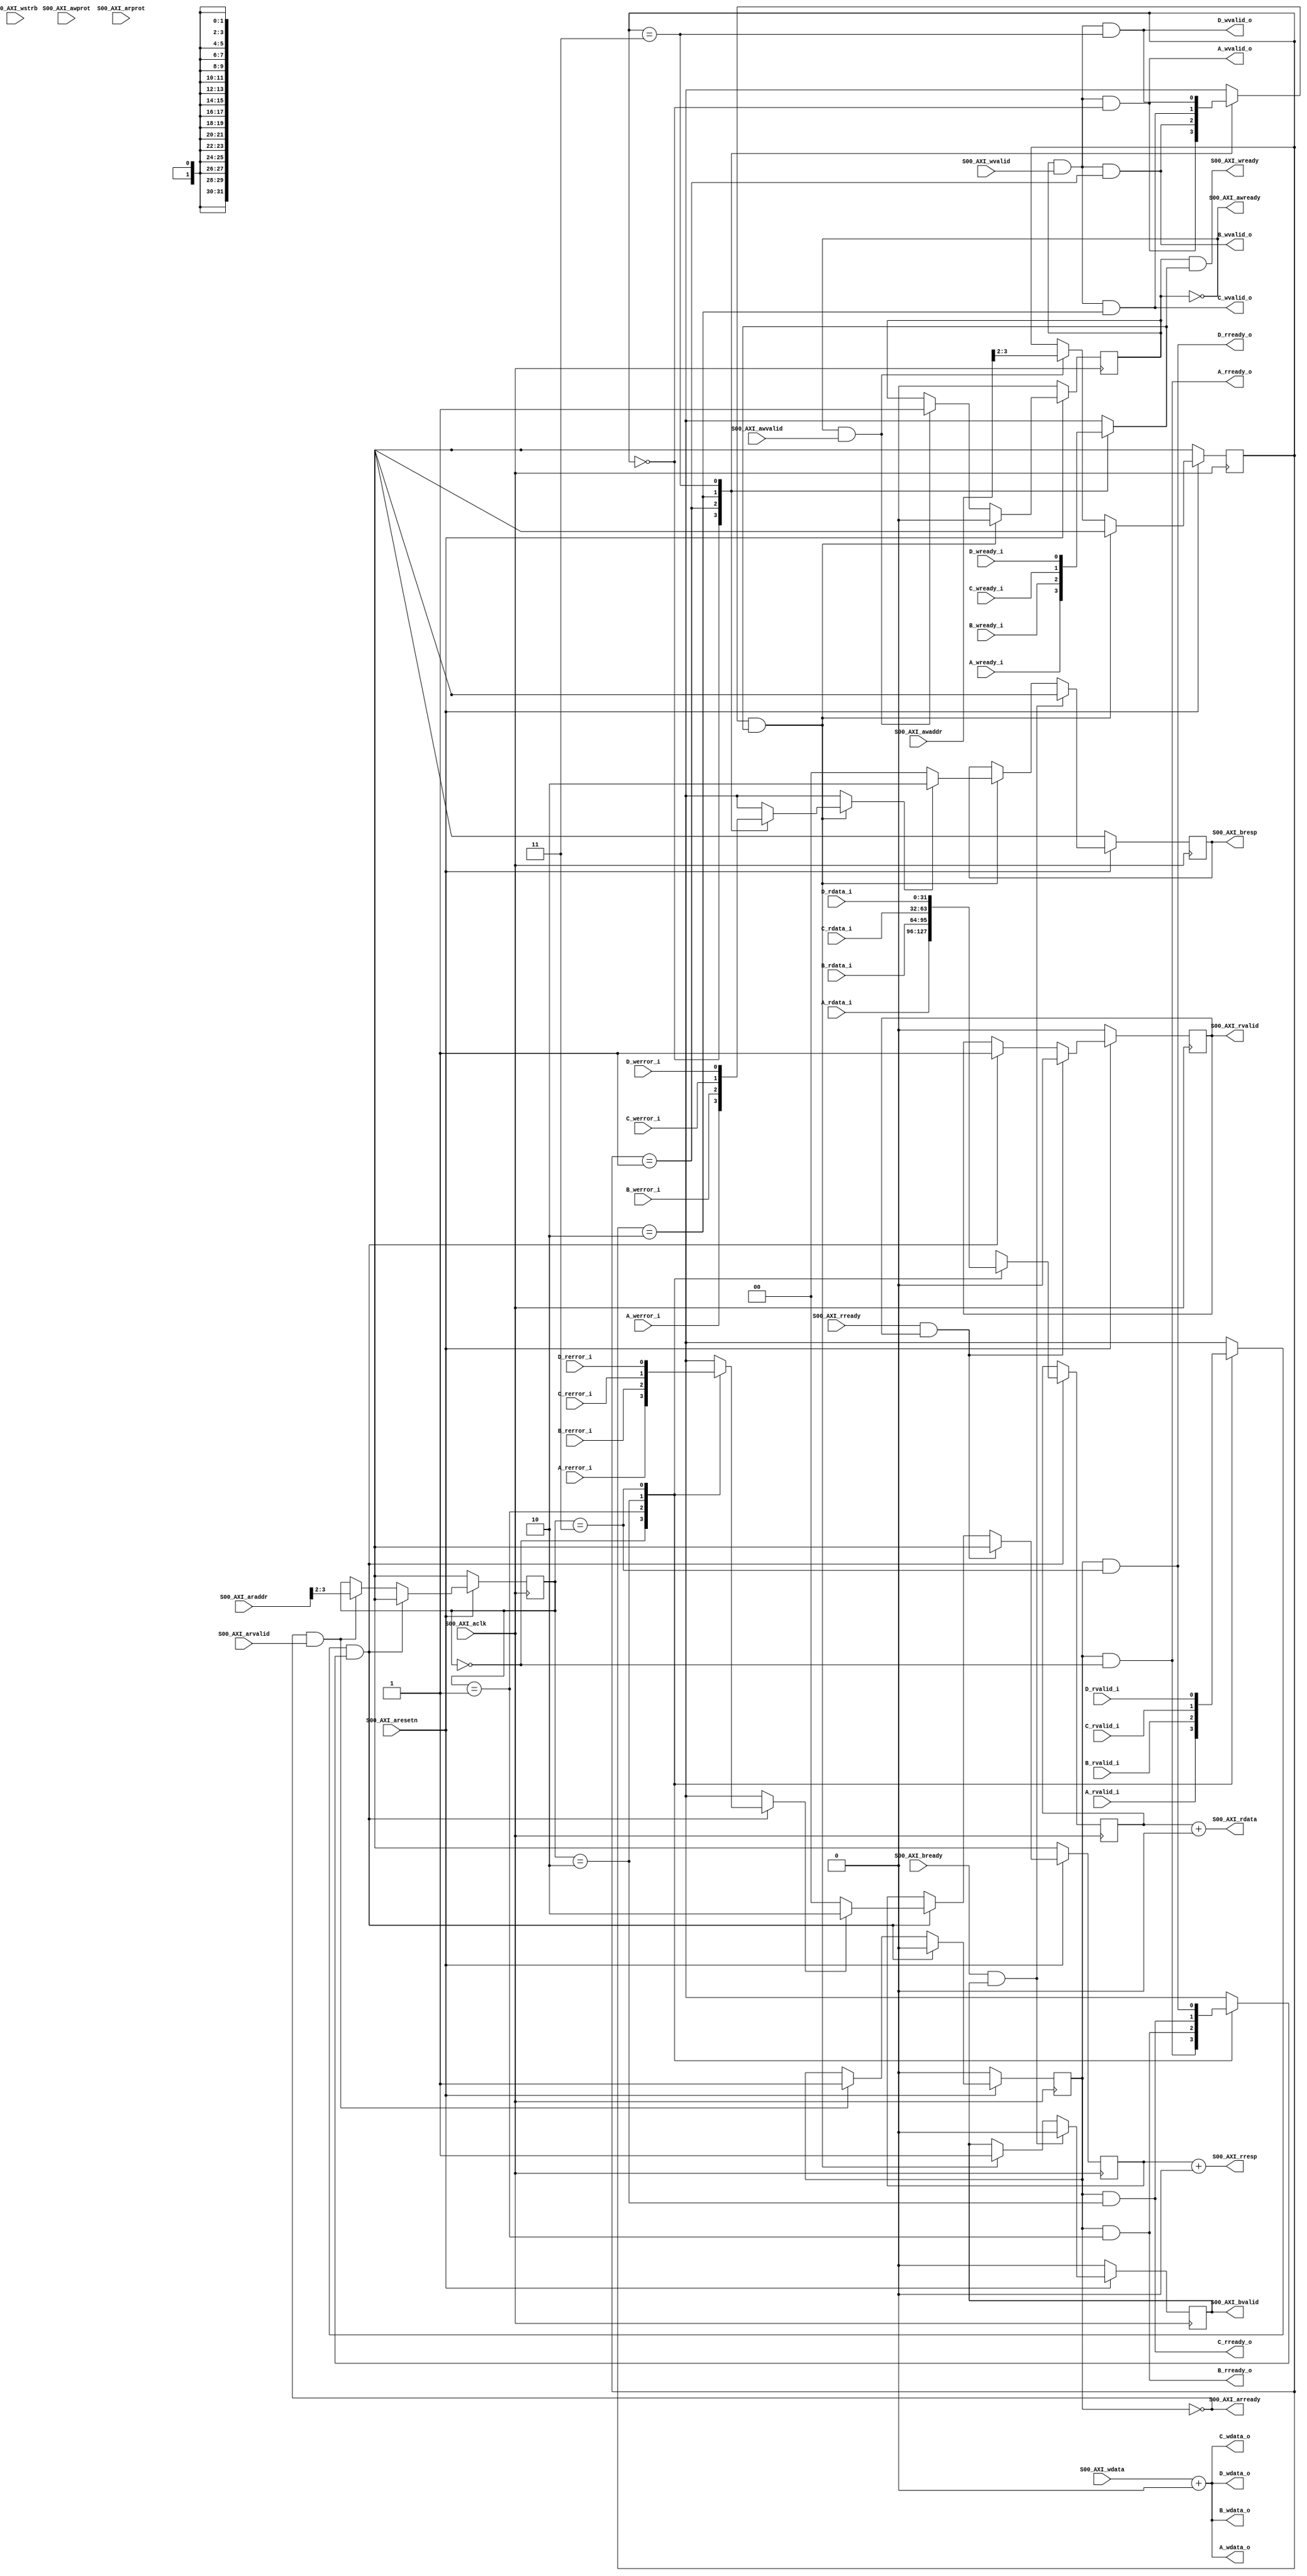
module axiToReadyValid 
  #(
    parameter integer C_S00_AXI_DATA_WIDTH = 32,
    parameter integer C_S00_AXI_ADDR_WIDTH = 4
    )
   (
    // AXI side; generated via Vivado 'package IP' feature
    input wire					S00_AXI_aclk,
    input wire					S00_AXI_aresetn,
    input wire [C_S00_AXI_ADDR_WIDTH-1 : 0]	S00_AXI_awaddr,
    input wire [2:0]				S00_AXI_awprot,
    input wire					S00_AXI_awvalid,
    output wire					S00_AXI_awready,
    input wire [C_S00_AXI_DATA_WIDTH-1 : 0]	S00_AXI_wdata,
    input wire [(C_S00_AXI_DATA_WIDTH/8)-1 : 0]	S00_AXI_wstrb,
    input wire					S00_AXI_wvalid,
    output wire					S00_AXI_wready,
    output wire [1:0]				S00_AXI_bresp,
    output wire					S00_AXI_bvalid,
    input wire					S00_AXI_bready,
    input wire [C_S00_AXI_ADDR_WIDTH-1 : 0]	S00_AXI_araddr,
    input wire [2:0]				S00_AXI_arprot,
    input wire					S00_AXI_arvalid,
    output wire					S00_AXI_arready,
    output wire [C_S00_AXI_DATA_WIDTH-1 : 0]	S00_AXI_rdata,
    output wire [1:0]				S00_AXI_rresp,
    output wire					S00_AXI_rvalid,
    input wire					S00_AXI_rready,

    // User port A
    output wire					A_wvalid_o,
    input wire					A_wready_i,
    input wire					A_werror_i,
    output wire [C_S00_AXI_DATA_WIDTH-1 : 0]	A_wdata_o,
    input wire					A_rvalid_i,
    output wire					A_rready_o,
    input wire [C_S00_AXI_DATA_WIDTH-1 : 0]	A_rdata_i,
    input wire					A_rerror_i,

    // User port B
    output wire					B_wvalid_o,
    input wire					B_wready_i,
    input wire					B_werror_i,
    output wire [C_S00_AXI_DATA_WIDTH-1 : 0]	B_wdata_o,
    input wire					B_rvalid_i,
    output wire					B_rready_o,
    input wire [C_S00_AXI_DATA_WIDTH-1 : 0]	B_rdata_i,
    input wire					B_rerror_i,

    // User port C
    output wire					C_wvalid_o,
    input wire					C_wready_i,
    input wire					C_werror_i,
    output wire [C_S00_AXI_DATA_WIDTH-1 : 0]	C_wdata_o,
    input wire					C_rvalid_i,
    output wire					C_rready_o,
    input wire [C_S00_AXI_DATA_WIDTH-1 : 0]	C_rdata_i,
    input wire					C_rerror_i,

    // User port D
    output wire					D_wvalid_o,
    input wire					D_wready_i,
    input wire					D_werror_i,
    output wire [C_S00_AXI_DATA_WIDTH-1 : 0]	D_wdata_o,
    input wire					D_rvalid_i,
    output wire					D_rready_o,
    input wire [C_S00_AXI_DATA_WIDTH-1 : 0]	D_rdata_i,
    input wire					D_rerror_i
    );

   // === write address "channel" ===
   // - closes on reception of write address from AXI
   // - opens on completion of write transaction at user port
   assign S00_AXI_awready = !writeAddrValid;
   
   // === read address "channel" ===
   // - closes on reception of read address from AXI
   // - opens on completion of read transaction at user port
   assign S00_AXI_arready = !readChanOpen;
   
   // === write address ===
   // - becomes valid on receiving write address from AXI
   // - becomes invalid on completion of write transaction at user port
   reg						writeAddrValid = 1'b0;
   reg [1:0]					writeChanAddr;

   // === write path ===
   // requires both the write address (which comes first per the AXI protocol) and AXI data
   wire						writePathValid = writeAddrValid & S00_AXI_wvalid;
   
   assign A_wvalid_o = writePathValid & (writeChanAddr == 2'd0);
   assign B_wvalid_o = writePathValid & (writeChanAddr == 2'd1);
   assign C_wvalid_o = writePathValid & (writeChanAddr == 2'd2);
   assign D_wvalid_o = writePathValid & (writeChanAddr == 2'd3);
   
   assign A_wdata_o = S00_AXI_wdata + (A_wvalid_o ? VALID : INVALID);
   assign B_wdata_o = S00_AXI_wdata + (B_wvalid_o ? VALID : INVALID);   
   assign C_wdata_o = S00_AXI_wdata + (C_wvalid_o ? VALID : INVALID);   
   assign D_wdata_o = S00_AXI_wdata + (D_wvalid_o ? VALID : INVALID);   
   
   // === write response "channel" ===
   // - opens on completion of write transaction at user port
   // - closes on completion of "bresp" transaction at AXI port
   reg						writeRespOpen = 1'd0;
   reg [1:0]					bresp;
   assign S00_AXI_bvalid = writeRespOpen;   
   assign S00_AXI_bresp = bresp;

   // === read channel ===
   // - opens on receiving read address
   // - closes on completed read transaction at user port
   reg						readChanOpen = 1'b0;
   reg [1:0]					readChanAddr;

   // === read response "channel" ===
   // - opens on completion of read transaction at user port
   // - closes on completion of "rresp" transaction at AXI port
   reg						readRespValid = 1'd0;
   reg [1:0]					rresp;
   reg [31:0]					rdata;   
   assign S00_AXI_rvalid = readRespValid;   
   assign S00_AXI_rresp = rresp + (readRespValid ? VALID : INVALID);   
   assign S00_AXI_rdata = rdata + (readRespValid ? VALID : INVALID);   
   
   // disable all "x" for Vivado mod. integration
   // - adding 1'b0 changes nothing and gets optimized away (implementation)
   // - adding 1'bx invalidates all bits (simulation)
   localparam					VALID = 1'b0;
`ifdef SIM
   localparam					INVALID = 1'bx;
`else
   localparam					INVALID = 1'b0;
`endif
   
   
   assign A_rready_o = readChanOpen & (readChanAddr == 2'd0);
   assign B_rready_o = readChanOpen & (readChanAddr == 2'd1);
   assign C_rready_o = readChanOpen & (readChanAddr == 2'd2);
   assign D_rready_o = readChanOpen & (readChanAddr == 2'd3);

   wire						user_wvalid [0:3];
   assign user_wvalid[0] = A_wvalid_o;
   assign user_wvalid[1] = B_wvalid_o;
   assign user_wvalid[2] = C_wvalid_o;
   assign user_wvalid[3] = D_wvalid_o;
      
   wire						user_wready [0:3];
   assign user_wready[0] = A_wready_i;
   assign user_wready[1] = B_wready_i;
   assign user_wready[2] = C_wready_i;
   assign user_wready[3] = D_wready_i;
   assign S00_AXI_wready = writeAddrValid & user_wready[writeChanAddr];   
   
   wire						user_rvalid [0:3];
   assign user_rvalid[0] = A_rvalid_i;
   assign user_rvalid[1] = B_rvalid_i;
   assign user_rvalid[2] = C_rvalid_i;
   assign user_rvalid[3] = D_rvalid_i;
   
   wire						user_rready[0:3];
   assign user_rready[0] = A_rready_o;
   assign user_rready[1] = B_rready_o;
   assign user_rready[2] = C_rready_o;
   assign user_rready[3] = D_rready_o;
   
   // === bresp ===
   wire						user_errorWrite[0:3];
   assign user_errorWrite[0] = A_werror_i;
   assign user_errorWrite[1] = B_werror_i;
   assign user_errorWrite[2] = C_werror_i;
   assign user_errorWrite[3] = D_werror_i;
      
   // === rresp ===
   wire						user_errorRead[0:3];
   assign user_errorRead[0] = A_rerror_i;
   assign user_errorRead[1] = B_rerror_i;
   assign user_errorRead[2] = C_rerror_i;
   assign user_errorRead[3] = D_rerror_i;
   
   // === read data ===
   wire [C_S00_AXI_DATA_WIDTH-1 : 0]		user_dataRead[0:3];
   assign user_dataRead[0] = A_rdata_i;
   assign user_dataRead[1] = B_rdata_i;
   assign user_dataRead[2] = C_rdata_i;
   assign user_dataRead[3] = D_rdata_i;
   
   always @(posedge S00_AXI_aclk) begin
      // === write chan: start (axi, load address) ===
      if (S00_AXI_awready & S00_AXI_awvalid) begin
	 writeChanAddr <= S00_AXI_awaddr[3:2];
	 writeAddrValid <= 1'b1;	 
      end
      
      // === read chan: start (axi, load address) ===
      if (S00_AXI_arready & S00_AXI_arvalid) begin
	 readChanAddr <= S00_AXI_araddr[3:2];
	 readChanOpen <= 1'b1;	 
      end

      // === write chan: user signals completion ===
      if (user_wvalid[writeChanAddr] & user_wready[writeChanAddr]) begin
	 bresp <= user_errorWrite[writeChanAddr] ? /*SLVERR*/2'b10 : /*OKAY*/2'b00;
	 writeRespOpen <= 1'b1;
	 writeAddrValid <= 1'd0;	 
	 writeChanAddr <= 2'dx;	 
      end
      
      // === read chan: user signals completion ===
      if (user_rvalid[readChanAddr] & user_rready[readChanAddr]) begin
	 rresp <= user_errorRead[readChanAddr] ? /*SLVERR*/2'b10 : /*OKAY*/2'b00;
	 rdata <= user_dataRead[readChanAddr];
	 readRespValid <= 1'b1;
	 readChanOpen <= 1'd0;	 
	 readChanAddr <= 2'dx; 
      end
      
      // === write chan: axi collects response ===
      if (S00_AXI_bready & S00_AXI_bvalid) begin
	 writeRespOpen <= 1'b0;
	 bresp <= 2'dx;	 
      end

      // === read chan: axi collects response ===
      if (S00_AXI_rready & S00_AXI_rvalid) begin
	 readRespValid <= 1'b0;
	 rresp <= 2'dx;
      end

      // === reset ===
      if (!S00_AXI_aresetn) begin
	 writeRespOpen <= 1'd0;
	 bresp <= 2'dx;
	 readRespValid <= 1'd0;
	 rresp <= 2'dx;
	 writeAddrValid <= 1'd0;
	 writeChanAddr <= 2'dx;
	 readChanOpen <= 1'd0;
	 readChanAddr <= 2'dx;
      end
   end
endmodule